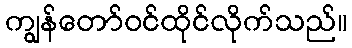
ကျွန်တော်ဝင်ထိုင်လိုက်သည်။